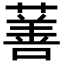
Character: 𬞗